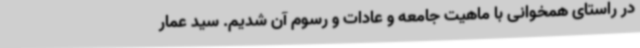
در راستای همخوانی با ماهیت جامعه و عادات و رسوم آن شدیم. سید عمار